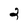
Character: 2